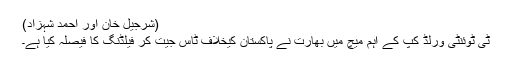
(شرجیل خان اور احمد شہزاد)
ٹی ٹوئنٹی ورلڈ کپ کے اہم میچ میں بھارت نے پاکستان کیخلاف ٹاس جیت کر فیلڈنگ کا فیصلہ کیا ہے۔